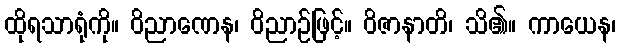
ထိုရသာရုံကို။ ဝိညာဏေန၊ ဝိညာဉ်ဖြင့်။ ဝိဇာနာတိ၊ သိ၏။ ကာယေန၊